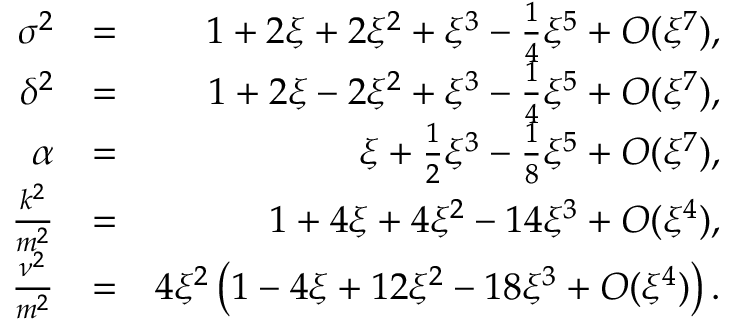
\begin{array} { r l r } { \sigma ^ { 2 } } & { = } & { 1 + 2 \xi + 2 \xi ^ { 2 } + \xi ^ { 3 } - \frac { 1 } { 4 } \xi ^ { 5 } + { \cal O } ( \xi ^ { 7 } ) , } \\ { \delta ^ { 2 } } & { = } & { 1 + 2 \xi - 2 \xi ^ { 2 } + \xi ^ { 3 } - \frac { 1 } { 4 } \xi ^ { 5 } + { \cal O } ( \xi ^ { 7 } ) , } \\ { \alpha } & { = } & { \xi + \frac { 1 } { 2 } \xi ^ { 3 } - \frac { 1 } { 8 } \xi ^ { 5 } + { \cal O } ( \xi ^ { 7 } ) , } \\ { \frac { k ^ { 2 } } { m ^ { 2 } } } & { = } & { 1 + 4 \xi + 4 \xi ^ { 2 } - 1 4 \xi ^ { 3 } + { \cal O } ( \xi ^ { 4 } ) , } \\ { \frac { \nu ^ { 2 } } { m ^ { 2 } } } & { = } & { 4 \xi ^ { 2 } \left( 1 - 4 \xi + 1 2 \xi ^ { 2 } - 1 8 \xi ^ { 3 } + { \cal O } ( \xi ^ { 4 } ) \right) . } \end{array}